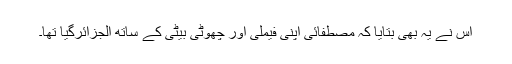
اُس نے یہ بھی بتایا کہ مصطفائی اپنی فیملی اور چھوٹی بیٹی کے ساتھ الجزائرگیا تھا۔